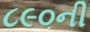
૮૯૦ની